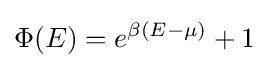
\Phi (E)=e^{\beta (E-\mu )}+1